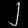
Digit: ၂